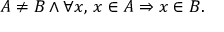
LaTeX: A \neq B \land \forall x , \, x \in A \Rightarrow x \in B .